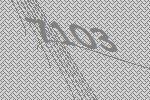
7103